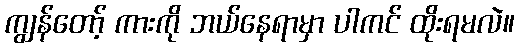
ကျွန်တော့် ကားကို ဘယ်နေရာမှာ ပါကင် ထိုးရမလဲ။